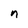
Character: n